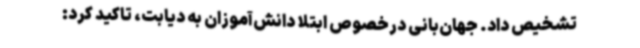
تشخیص داد. جهان‌بانی درخصوص ابتلا دانش‌آموزان به دیابت، تاکید کرد: